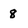
Character: 8